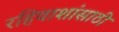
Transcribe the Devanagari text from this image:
रहिवाशांसाठी